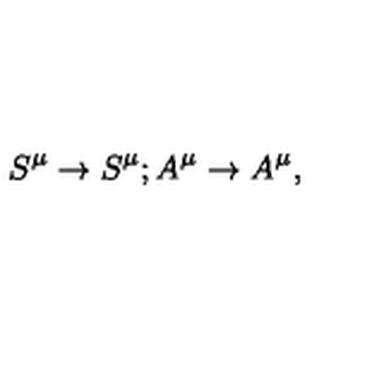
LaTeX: S ^ { \mu } \rightarrow S ^ { \mu } ; A ^ { \mu } \rightarrow A ^ { \mu } ,